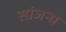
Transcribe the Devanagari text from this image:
सांजना